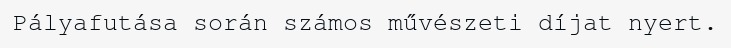
Pályafutása során számos művészeti díjat nyert.